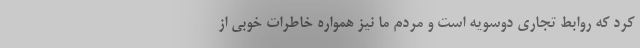
کرد که روابط تجاری دوسویه است و مردم ما نیز همواره خاطرات خوبی از